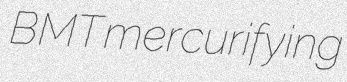
BMT mercurifying